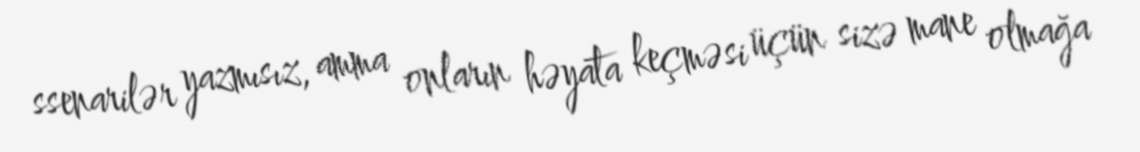
ssenarilər yazmısız, amma onların həyata keçməsi üçün sizə mane olmağa